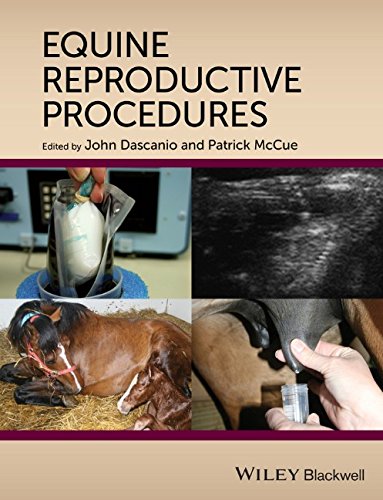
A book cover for Equine Reproductive Procedures; Medical Books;